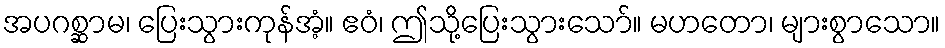
အပဂစ္ဆာမ၊ ပြေးသွားကုန်အံ့။ ဧဝံ၊ ဤသို့ပြေးသွားသော်။ မဟတော၊ များစွာသော။